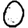
Digit: 0